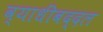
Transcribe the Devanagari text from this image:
व्याधींबद्दल